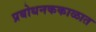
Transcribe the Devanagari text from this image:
प्रबोधनककाळात